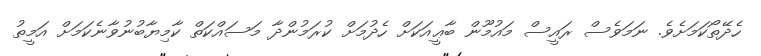
ހެދޭތޯކަމަށެވެ. ނަމަވެސް ރައީސް މައުމޫން ބާޢީއަކަށް ހެދުމަށް ކުރަމުންދާ މަސައްކަތް ކާމިޔާބުނުވާނެކަމަށް އަމީތު